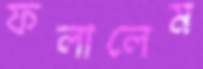
ফলালেম